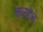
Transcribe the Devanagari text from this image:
कर्‍हेचे